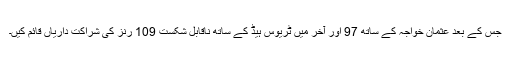
جس کے بعد عثمان خواجہ کے ساتھ 97 اور آخر میں ٹریوس ہیڈ کے ساتھ ناقابل شکست 109 رنز کی شراکت داریاں قائم کیں۔